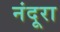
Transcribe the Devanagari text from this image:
नंदूरा